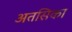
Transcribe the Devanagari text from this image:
अतसिका